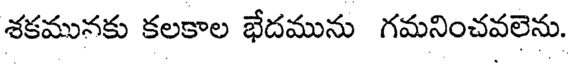
శకమునకు కలకాల భేదమును గమనించవలెను.